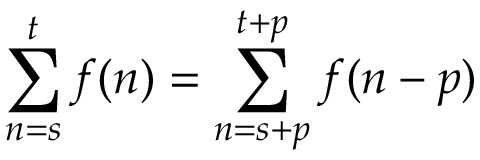
\sum _ { n = s } ^ { t } f ( n ) = \sum _ { n = s + p } ^ { t + p } f ( n - p ) \quad